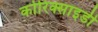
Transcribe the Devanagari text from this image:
कोरिक्साइडी